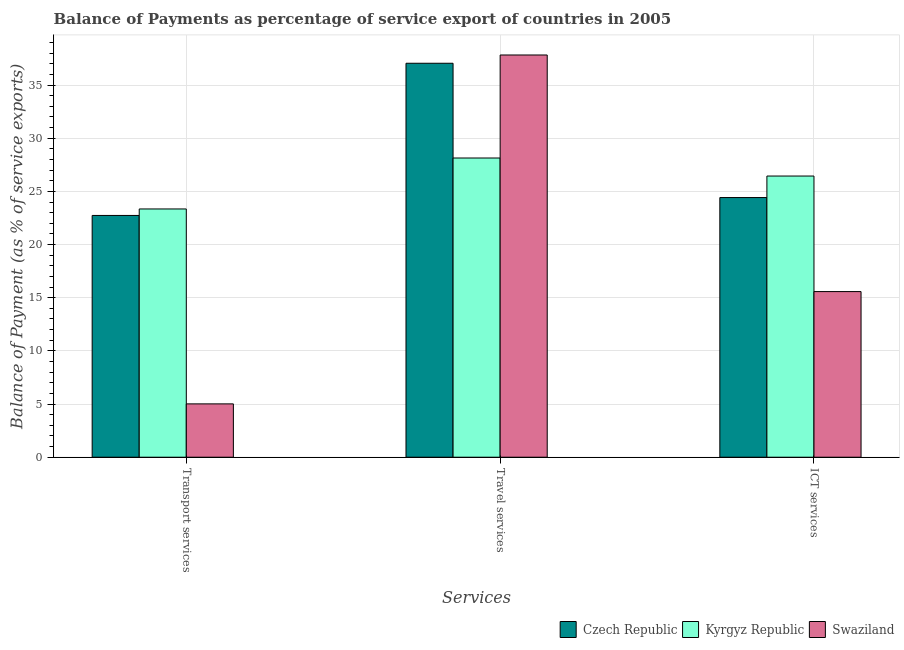
| Services | Czech Republic | Kyrgyz Republic | Swaziland |
 | --- | --- | --- | --- |
 | Transport services | 22.7 | 23.3 | 5.02 |
 | Travel services | 37.1 | 28.1 | 37.8 |
 | ICT services | 24.4 | 26.4 | 15.6 |